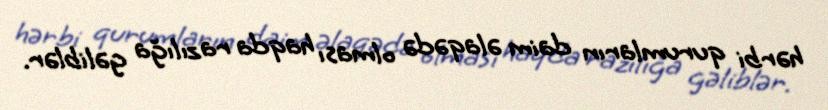
hərbi qurumların daim əlaqədə olması haqda razılığa gəliblər.